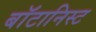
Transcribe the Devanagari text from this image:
बाॅटानिस्ट